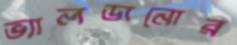
ভ্যালডানোর